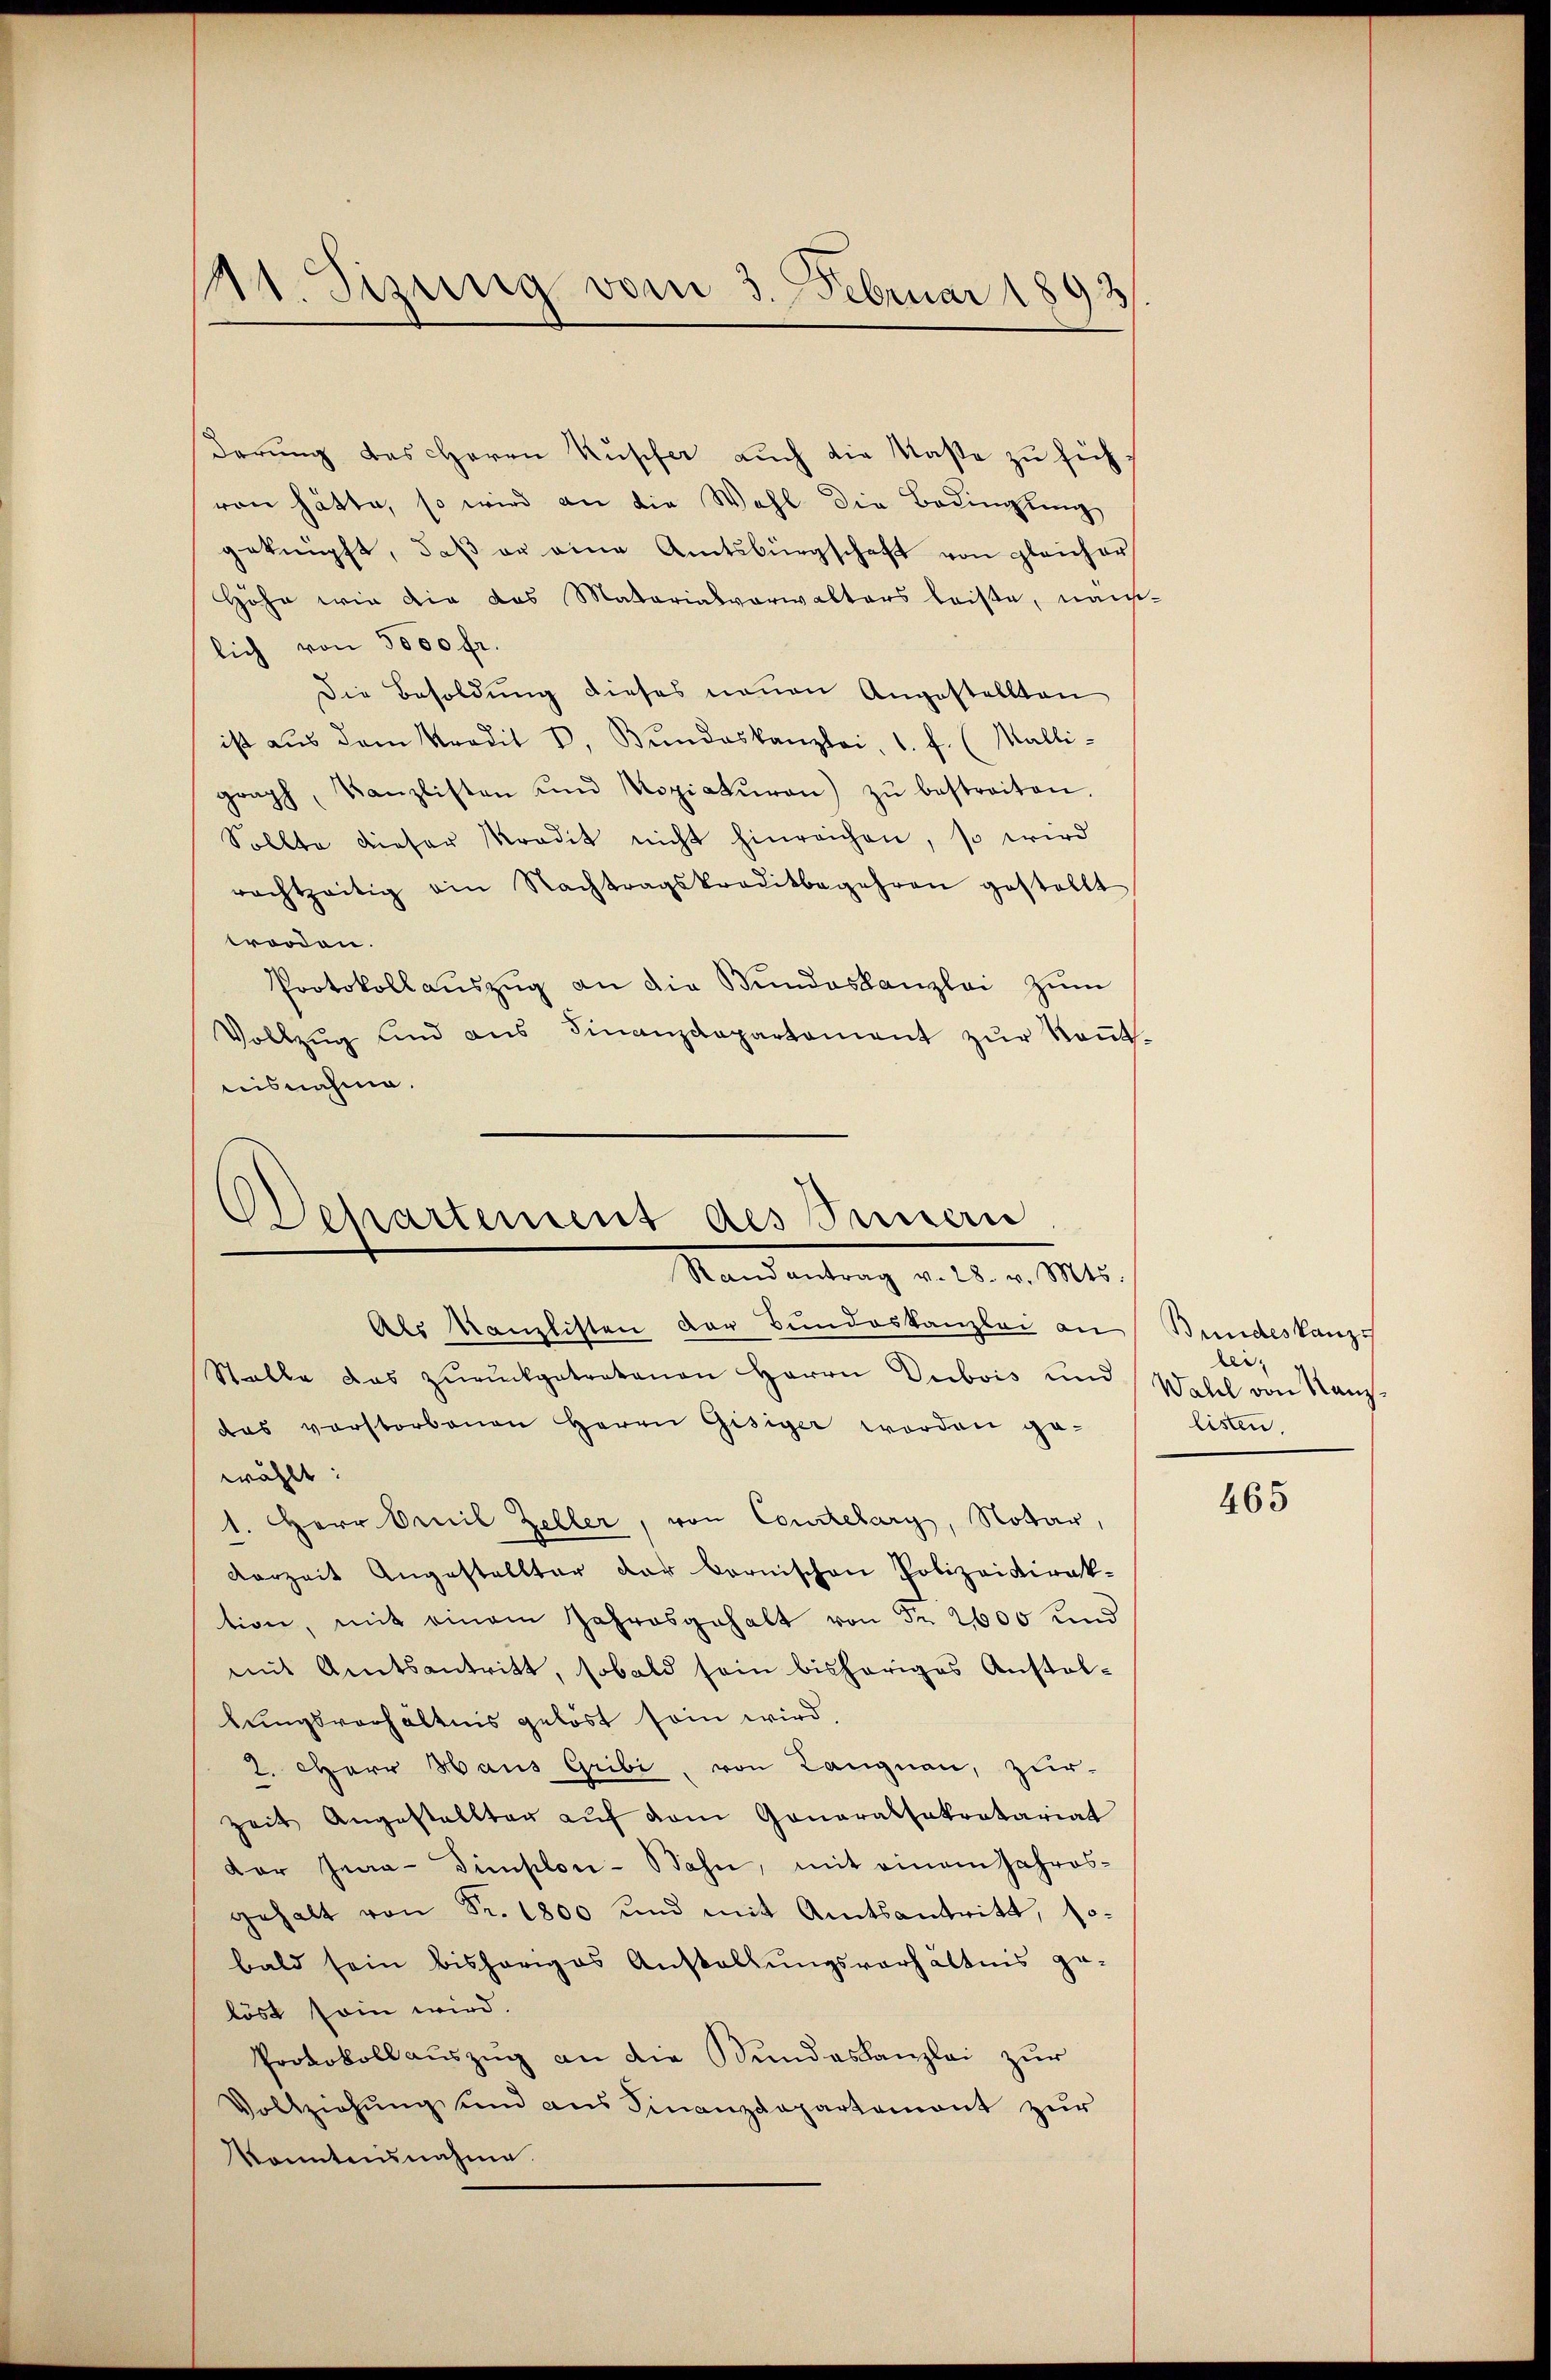
11. Sizung vom 3. Februar 1893

derŭng des Herrn Ruscher auch die Kaste zu fühvon hätte, so wird an die Wahl die Bedingung
geknüpft, daß er eine Amtsbürgschaft von gleicher
Höhe wie die das Matarialverwalters leiste, nämlich von 5000 fr.
Die Besoldung dieses neuen Angestellten
ist aus dem Kredit 8. Bŭndeskanzlei, 1. f. (Malli-
graph, Kanzlisten und Kopiaturen zŭ bestreiten.
Sollte dieser tradit nicht hinreichen, so wird
rachtzeitig ain Nachtragskreditbegehren gestellt
trorden.
Protokollaŭszŭg an die Bŭndeskanzlei zŭm
Vollzŭg und ans Finanzdepartament zŭr Keṅt-
nisnahme.

Wehartement des Innern
Sand entrag voll. v. Mts.
Als Kanzlisten der Bundeskanzlei an Bundeskanz
Stalle das zŭrückgetretenen Herrn Dubois und Wahl von Stanz

das verstorbenen Herrn Gisiger worden ge-
wählt:
1. Herr Omil Zeller, von Courtelary, Notar,
Verzeit Angestellter der Bernischen Polizeidirak-
tion, mit einem Jahresgehalt von Nr. 2600 und
mit Amtsantritt, sobald sein bisheriges Anstal-
lungsverhältnis gelöst sein wird,
2. Herr Haus Gribi, von Langnau, zur
Zeit Angestallter aŭf dem Generalsekretariat
dar Jena-Simplon-Stahn, mit einem Jahresgehalt von Fr. 1800 und mit Amtsantritt, so-
bald sein bisheriges Anstallungsverhältnis ge
löst sein wird.
Protokoll aŭszŭg an die Bundeskanzlei zŭr
Vollziehŭng und ans Finanzdepartement zŭr
Konntensnahme.

leilisten.

465